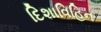
દિશાવિહિન